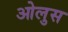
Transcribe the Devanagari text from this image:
ओलुस